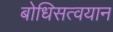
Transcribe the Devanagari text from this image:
बोधिसत्वयान